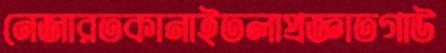
নেজারতকানাইতলাপ্রজ্ঞাতগাউ